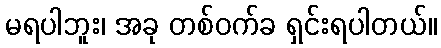
မရပါဘူး၊ အခု တစ်ဝက်ခ ရှင်းရပါတယ်။